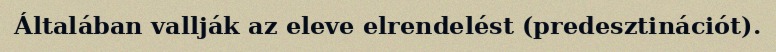
Általában vallják az eleve elrendelést (predesztinációt).